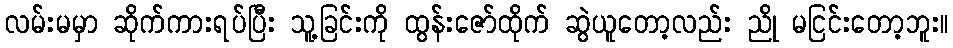
လမ်းမမှာ ဆိုက်ကားရပ်ပြီး သူ့ခြင်းကို ထွန်းဇော်ထိုက် ဆွဲယူတော့လည်း ညို မငြင်းတော့ဘူး။